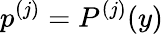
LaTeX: p^{(j)}=P^{(j)}(y)